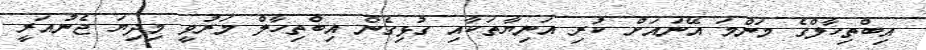
އިބްތިހާލްގެ މަންމަ އޭނައަށް ކުރި އަނިޔާތަކާއި ގުޅިގެން އިބްތިހާލް މަރުވީ މިދިޔަ ޖެނުއަރީ